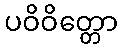
ပဝိဝိတ္တော